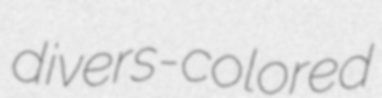
divers-colored